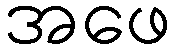
အဖေ